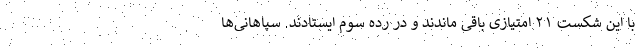
با این شکست ۲۱ امتیازی باقی ماندند و در رده سوم ایستادند. سپاهانی‌ها